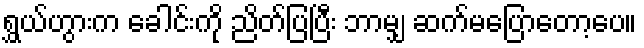
ရွှယ်ဟွားက ခေါင်းကို ညိတ်ပြပြီး ဘာမျှ ဆက်မပြောတော့ပေ။